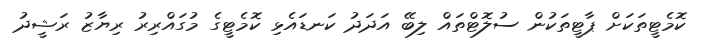
ކޮމެޓީތަކަށް ޕާޓީތަކުން ސުލޮޓްތައް ލިބޭ އަދަދު ކަނޑައެޅި ކޮމެޓީގެ މުގައްރިރު ރިޔާޒު ރަޝީދު